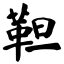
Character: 靼